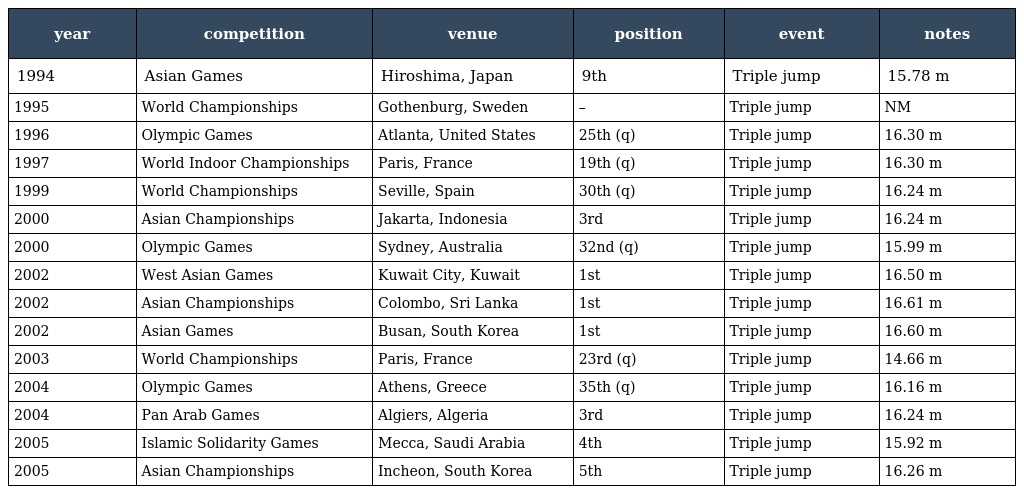
| year | competition | venue | position | event | notes |
 | --- | --- | --- | --- | --- | --- |
 | 1994 | Asian Games | Hiroshima, Japan | 9th | Triple jump | 15.78 m |
 | 1995 | World Championships | Gothenburg, Sweden | – | Triple jump | NM |
 | 1996 | Olympic Games | Atlanta, United States | 25th (q) | Triple jump | 16.30 m |
 | 1997 | World Indoor Championships | Paris, France | 19th (q) | Triple jump | 16.30 m |
 | 1999 | World Championships | Seville, Spain | 30th (q) | Triple jump | 16.24 m |
 | 2000 | Asian Championships | Jakarta, Indonesia | 3rd | Triple jump | 16.24 m |
 | 2000 | Olympic Games | Sydney, Australia | 32nd (q) | Triple jump | 15.99 m |
 | 2002 | West Asian Games | Kuwait City, Kuwait | 1st | Triple jump | 16.50 m |
 | 2002 | Asian Championships | Colombo, Sri Lanka | 1st | Triple jump | 16.61 m |
 | 2002 | Asian Games | Busan, South Korea | 1st | Triple jump | 16.60 m |
 | 2003 | World Championships | Paris, France | 23rd (q) | Triple jump | 14.66 m |
 | 2004 | Olympic Games | Athens, Greece | 35th (q) | Triple jump | 16.16 m |
 | 2004 | Pan Arab Games | Algiers, Algeria | 3rd | Triple jump | 16.24 m |
 | 2005 | Islamic Solidarity Games | Mecca, Saudi Arabia | 4th | Triple jump | 15.92 m |
 | 2005 | Asian Championships | Incheon, South Korea | 5th | Triple jump | 16.26 m |